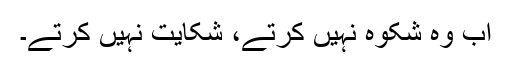
اب وہ شکوہ نہیں کرتے، شکایت نہیں کرتے۔